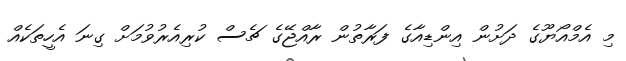
މި އެމްއޯޔޫގެ ދަށުން އިންޑިއާގެ ފަރާތުން ރާއްޖޭގެ ޗެސް ކުރިއެރުވުމަށް ގިނަ އެހީތަކެއް